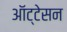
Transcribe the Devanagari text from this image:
ऑट्टेसन